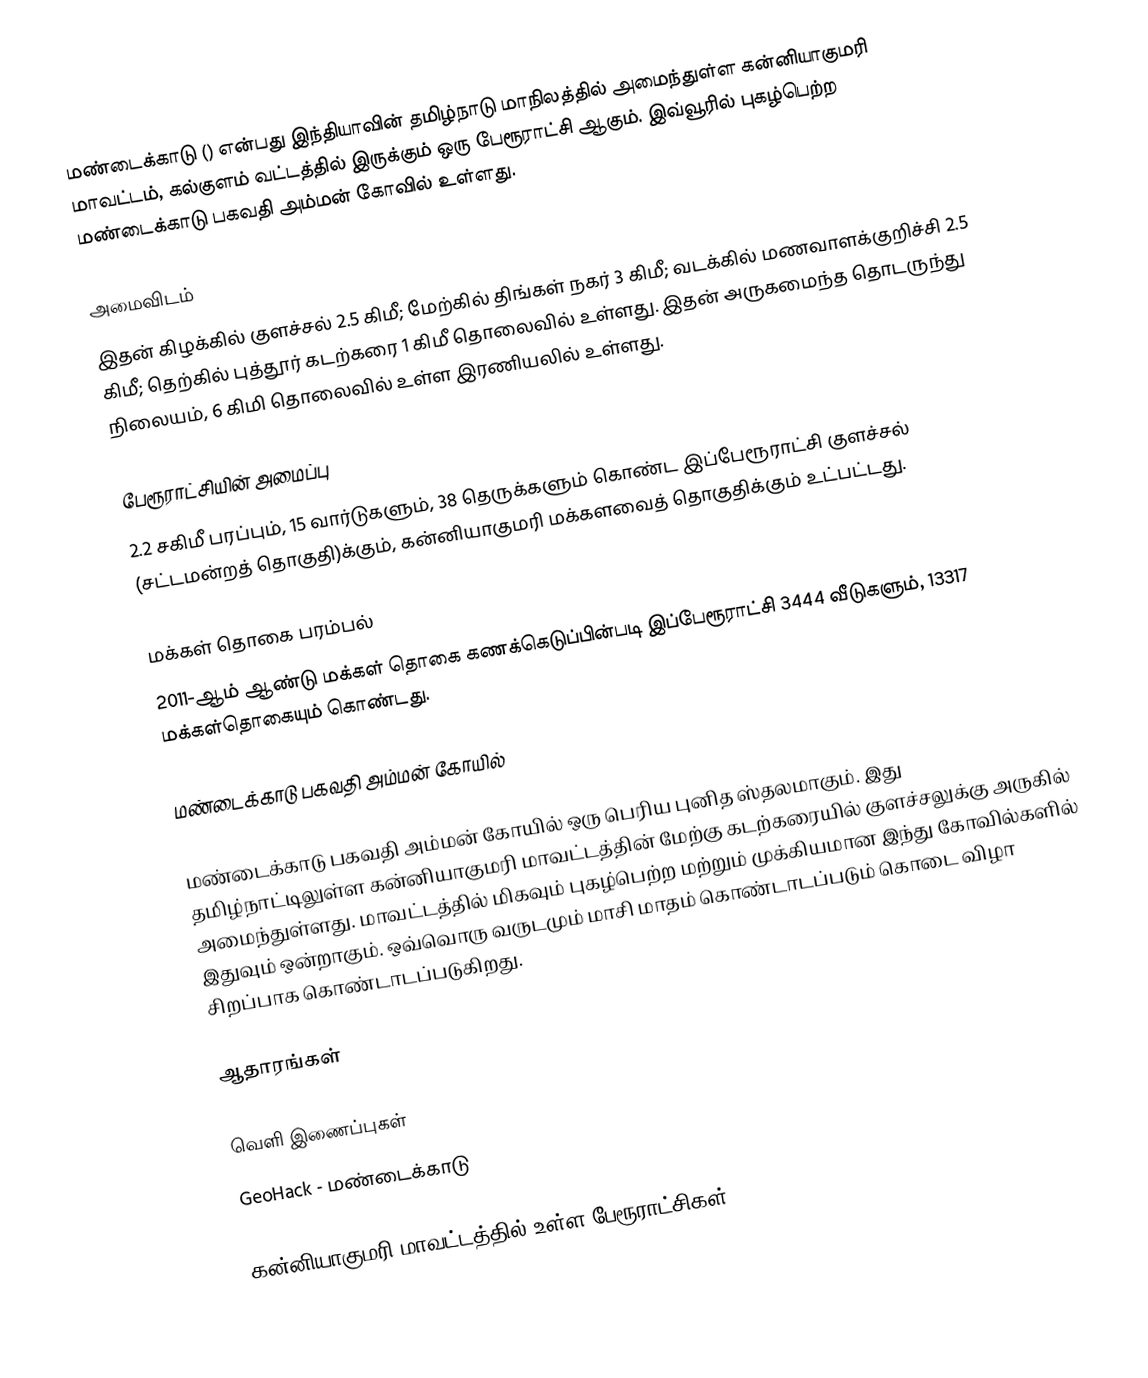
மண்டைக்காடு () என்பது இந்தியாவின் தமிழ்நாடு மாநிலத்தில் அமைந்துள்ள கன்னியாகுமரி மாவட்டம், கல்குளம் வட்டத்தில் இருக்கும் ஒரு பேரூராட்சி ஆகும். இவ்வூரில் புகழ்பெற்ற மண்டைக்காடு பகவதி அம்மன் கோவில் உள்ளது.

அமைவிடம்
இதன் கிழக்கில் குளச்சல் 2.5 கிமீ; மேற்கில் திங்கள் நகர் 3 கிமீ; வடக்கில் மணவாளக்குறிச்சி 2.5 கிமீ; தெற்கில் புத்தூர் கடற்கரை 1 கிமீ தொலைவில் உள்ளது. இதன் அருகமைந்த தொடருந்து நிலையம், 6 கிமி தொலைவில் உள்ள இரணியலில் உள்ளது.

பேரூராட்சியின் அமைப்பு
2.2 சகிமீ  பரப்பும், 15  வார்டுகளும், 38 தெருக்களும் கொண்ட இப்பேரூராட்சி குளச்சல்   (சட்டமன்றத் தொகுதி)க்கும், கன்னியாகுமரி மக்களவைத் தொகுதிக்கும் உட்பட்டது.

மக்கள் தொகை பரம்பல்
2011-ஆம் ஆண்டு மக்கள் தொகை கணக்கெடுப்பின்படி  இப்பேரூராட்சி                          3444   வீடுகளும், 13317 மக்கள்தொகையும் கொண்டது.

மண்டைக்காடு பகவதி அம்மன் கோயில்

மண்டைக்காடு பகவதி அம்மன் கோயில் ஒரு பெரிய புனித ஸ்தலமாகும். இது தமிழ்நாட்டிலுள்ள கன்னியாகுமரி மாவட்டத்தின் மேற்கு கடற்கரையில் குளச்சலுக்கு அருகில் அமைந்துள்ளது. மாவட்டத்தில் மிகவும் புகழ்பெற்ற மற்றும் முக்கியமான இந்து கோவில்களில் இதுவும் ஒன்றாகும். ஒவ்வொரு வருடமும் மாசி மாதம் கொண்டாடப்படும் கொடை விழா  சிறப்பாக கொண்டாடப்படுகிறது.

ஆதாரங்கள்

வெளி இணைப்புகள்
 GeoHack - மண்டைக்காடு

கன்னியாகுமரி மாவட்டத்தில் உள்ள பேரூராட்சிகள்